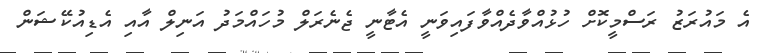
އެ މައުރަޒު ރަސްމީކޮށް ހުޅުއްވާދެއްވާފައިވަނީ އެޓާނީ ޖެނެރަލް މުހައްމަދު އަނިލް އާއި އެޑިއުކޭޝަން